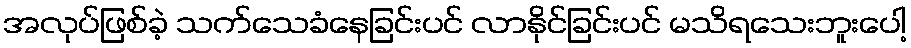
အလုပ်ဖြစ်ခဲ့ သက်သေခံနေခြင်းပင် လာနိုင်ခြင်းပင် မသိရသေးဘူးပေါ့